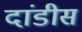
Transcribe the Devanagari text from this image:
दांडीस